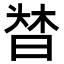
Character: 𣈌